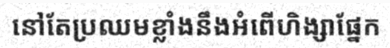
នៅតែប្រឈមខ្លាំងនឹងអំពើហិង្សាផ្នែក